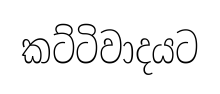
කට්ටිවාදයට